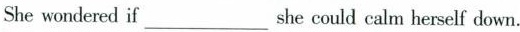
She wondered if ___ she could calm herself down.